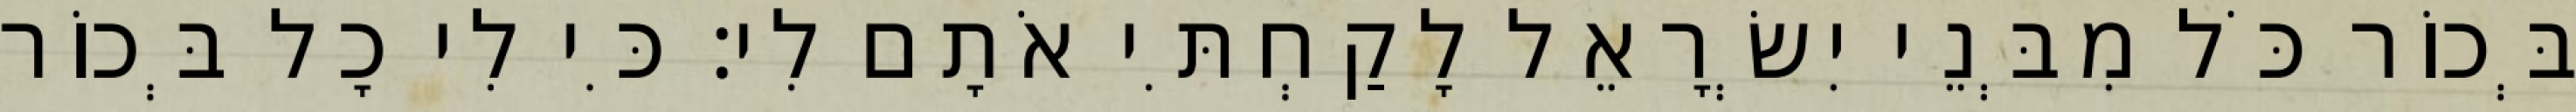
בְּכוֹר כֹּל מִבְּנֵי יִשְׂרָאֵל לָקַחְתִּי אֹתָם לִי׃ כִּי לִי כָל בְּכוֹר